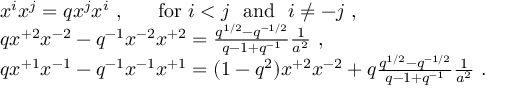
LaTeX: \begin{array} { l } { { x ^ { i } x ^ { j } = q x ^ { j } x ^ { i } ~ , ~ ~ ~ ~ ~ \mathrm { f o r } ~ i < j ~ ~ \mathrm { a n d } ~ ~ i \not = - j ~ , } } \\ { { q x ^ { + 2 } x ^ { - 2 } - q ^ { - 1 } x ^ { - 2 } x ^ { + 2 } = \frac { q ^ { 1 / 2 } - q ^ { - 1 / 2 } } { q - 1 + q ^ { - 1 } } \frac { 1 } { a ^ { 2 } } ~ , } } \\ { { q x ^ { + 1 } x ^ { - 1 } - q ^ { - 1 } x ^ { - 1 } x ^ { + 1 } = ( 1 - q ^ { 2 } ) x ^ { + 2 } x ^ { - 2 } + q \frac { q ^ { 1 / 2 } - q ^ { - 1 / 2 } } { q - 1 + q ^ { - 1 } } \frac { 1 } { a ^ { 2 } } ~ . } } \end{array}